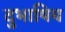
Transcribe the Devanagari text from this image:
दुभाषिय